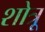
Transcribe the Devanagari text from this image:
शोत्रू